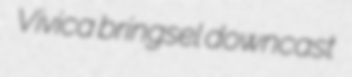
Vivica bringsel downcast